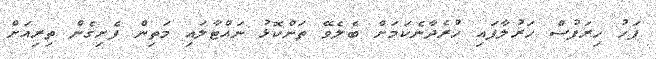
ފަހު ހިރަފުސް ހަރުލާފައި ހުރެދާނެކަމަށް ބެލެވޭ ތަންކޮޅު ނައްޓާލައި މަތިން ފެށިގެން ތިރިއަށް